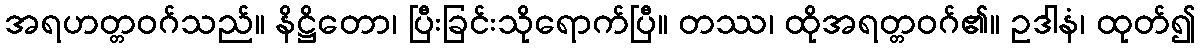
အရဟတ္တဝဂ်သည်။ နိဋ္ဌိတော၊ ပြီးခြင်းသိုရောက်ပြီ။ တဿ၊ ထိုအရတ္တဝဂ်၏။ ဥဒါနံ၊ ထုတ်၍